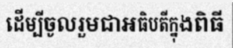
ដើម្បីចូលរួមជាអធិបតីក្នុងពិធី